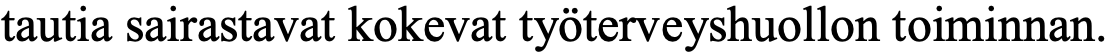
tautia sairastavat kokevat työterveyshuollon toiminnan.